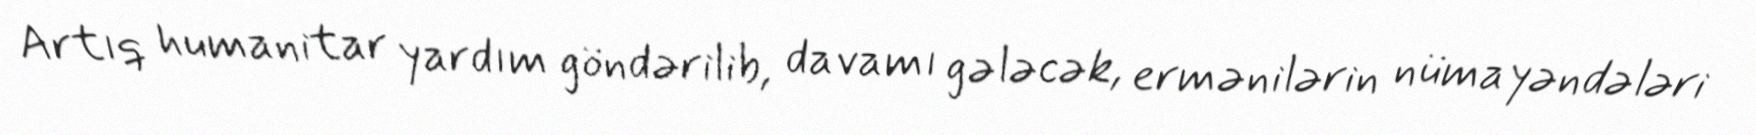
Artıq humanitar yardım göndərilib, davamı gələcək, ermənilərin nümayəndələri